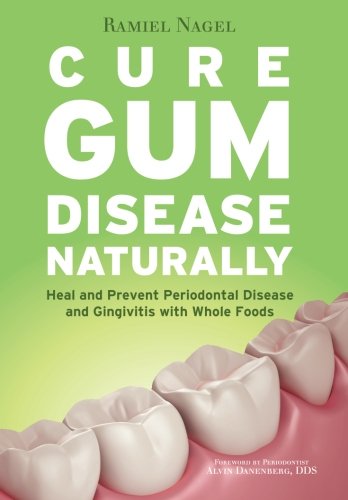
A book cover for Cure Gum Disease Naturally: Heal and Prevent Periodontal Disease and Gingivitis with Whole Foods; Ramiel Nagel; Cookbooks, Food & Wine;